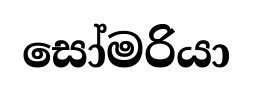
සෝමරියා